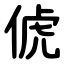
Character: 俿